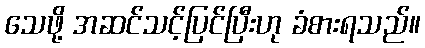
သေဖို့ အဆင်သင့်ပြင်ပြီးဟု ခံစားရသည်။